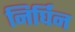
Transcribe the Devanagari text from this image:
निर्घिन